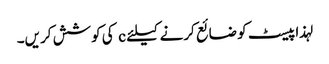
لہذا پیسٹ کو ضائع کرنے کیلئے c کی کوشش کریں۔